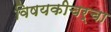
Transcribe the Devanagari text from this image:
विषयकीचर्चा